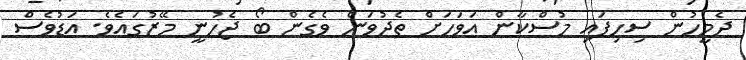
ދެމީހުން ސިހިފައި މުސްކާން އަވަހަށް ތެދުވަން ވެގެން ބޯ ޖެހުނީ މޭޒުގައެވެ. އަޑުވެސް